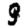
Digit: 9